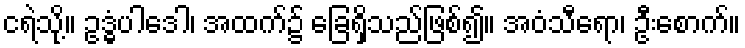
ငရဲသို့။ ဥဒ္ဓံပါဒေါ၊ အထက်၌ ခြေရှိသည်ဖြစ်၍။ အဝံသီရော၊ ဦးစောက်။